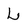
Character: L